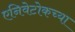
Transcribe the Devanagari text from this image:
एनिवेटोकच्या